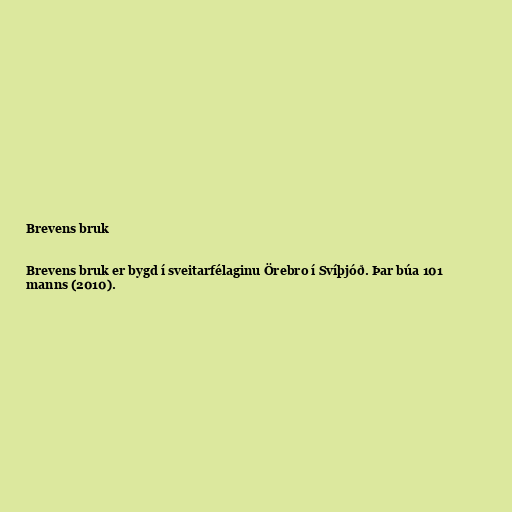
Brevens bruk

Brevens bruk er bygd í sveitarfélaginu Örebro í Svíþjóð. Þar búa 101
manns (2010).